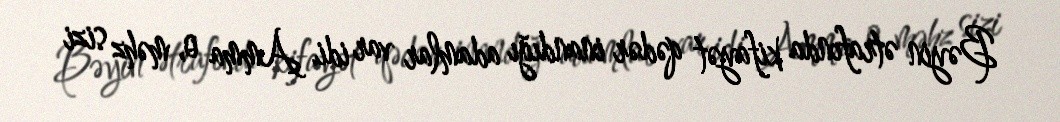
Bəyin ətrafında kifayət qədər inandığı adamlar var idi. Amma o, məhz sizi